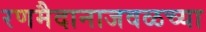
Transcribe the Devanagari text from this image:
रणमैदानाजवळच्या